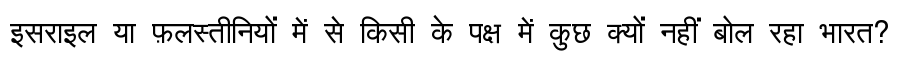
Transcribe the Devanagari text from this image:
इसराइल या फ़लस्तीनियों में से किसी के पक्ष में कुछ क्यों नहीं बोल रहा भारत?